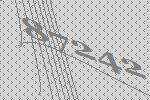
87242